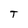
Character: T